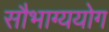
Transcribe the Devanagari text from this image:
सौभाग्ययोग